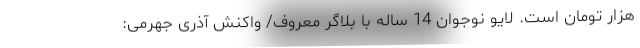
هزار تومان است. لایو نوجوان 14 ساله با بلاگر معروف/ واکنش آذری جهرمی: